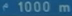
1000 m